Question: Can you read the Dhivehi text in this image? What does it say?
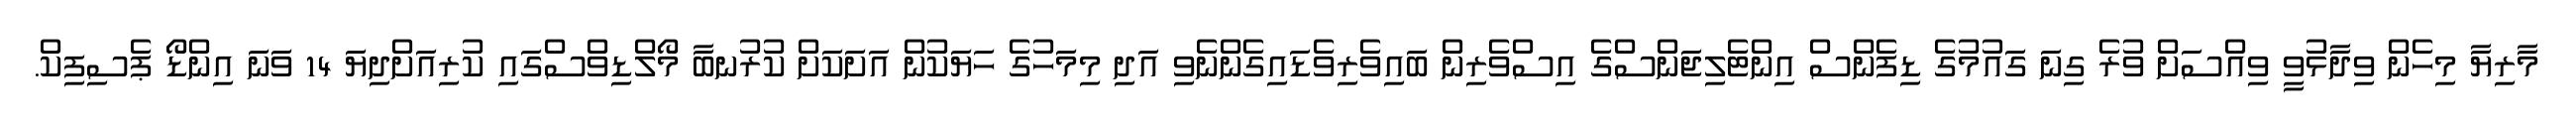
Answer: މާރިޔާ މިހެން ވިދާޅުވީ ވިއްސަށް ވުރެ ގިނަ ގައުމުގެ ޑިފެންސް އިންޓެލިޖަންސްގެ އިސްވެރިން ބައިވެރިވެޑައިގެންނެވި އަދި މިމަހުގެ ހަޔަކުން އަށަކަށް ކުރުނބާ މޯލްޑިވްސްގައި ކުރިއަށްދިޔަ 14 ވަނަ އިންޑޯ ޕެސިފިކް.